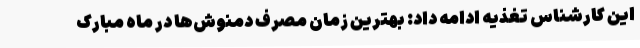
این کارشناس تغذیه ادامه داد: بهترین زمان مصرف دمنوش‌ها در ماه مبارک